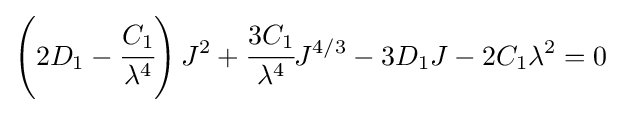
\left(2D_{1}-{\cfrac {C_{1}}{\lambda ^{4}}}\right)J^{2}+{\cfrac {3C_{1}}{\lambda ^{4}}}J^{4/3}-3D_{1}J-2C_{1}\lambda ^{2}=0